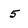
Character: 5